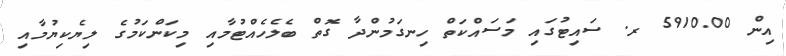
އިން 5910.00 ރ. ސައިޓުގައި މަސައްކަތް ހިނގަމުންދާ ގޮތް ބެލެހެއްޓުމާއި މިކަންކަމުގެ ލިޔެކިޔުމާއި